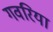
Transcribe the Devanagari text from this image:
गवरिया